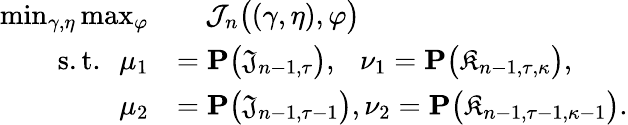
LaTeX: \begin{array}{rl}{\operatorname*{min}_{\gamma,\eta}\operatorname*{max}_{\varphi}}&{\quad\mathcal{J}_{n}\big((\gamma,\eta),\varphi\big)}\\ {\mathrm{~~s.t.~~}\mu_{1}}&{=\mathbf{P}\big(\mathfrak{J}_{n-1,\tau}\big),~~~\nu_{1}=\mathbf{P}\big(\mathfrak{K}_{n-1,\tau,\kappa}\big),}\\ {\mu_{2}}&{=\mathbf{P}\big(\mathfrak{J}_{n-1,\tau-1}\big),\nu_{2}=\mathbf{P}\big(\mathfrak{K}_{n-1,\tau-1,\kappa-1}\big).}\end{array}